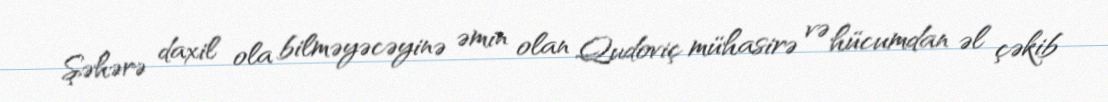
Şəhərə daxil ola bilməyəcəyinə əmin olan Qudoviç mühasirə və hücumdan əl çəkib